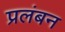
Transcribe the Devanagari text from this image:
प्रलंबन